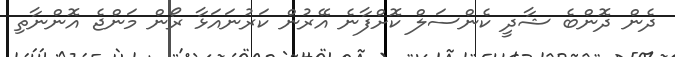
ދެން ދޮންބެ ޝާދީ ކެންސަލް ކޮށްފާނެ އޭރުން ކަރުނައަޅާ ރޯން މަންޖެ އޮންނާތި